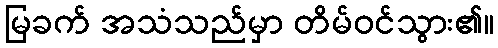
မြခက် အသံသည်မှာ တိမ်ဝင်သွား၏။